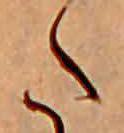
た